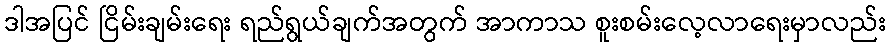
ဒါအပြင် ငြိမ်းချမ်းရေး ရည်ရွယ်ချက်အတွက် အာကာသ စူးစမ်းလေ့လာရေးမှာလည်း